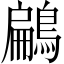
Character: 鶣